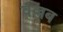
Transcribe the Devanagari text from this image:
वल्लब